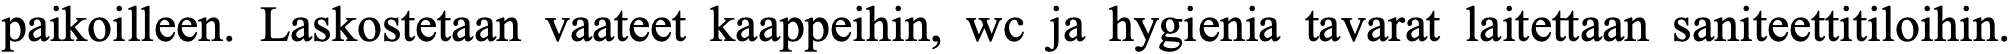
paikoilleen. Laskostetaan vaateet kaappeihin, wc ja hygienia tavarat laitettaan saniteettitiloihin.